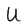
Character: U